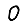
Digit: 0